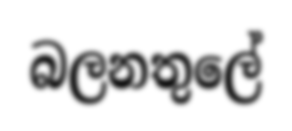
බලනතුලේ